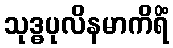
သုဒ္ဓပုလိနမာကိရိံ